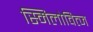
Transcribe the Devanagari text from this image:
स्मिलोवित्ज